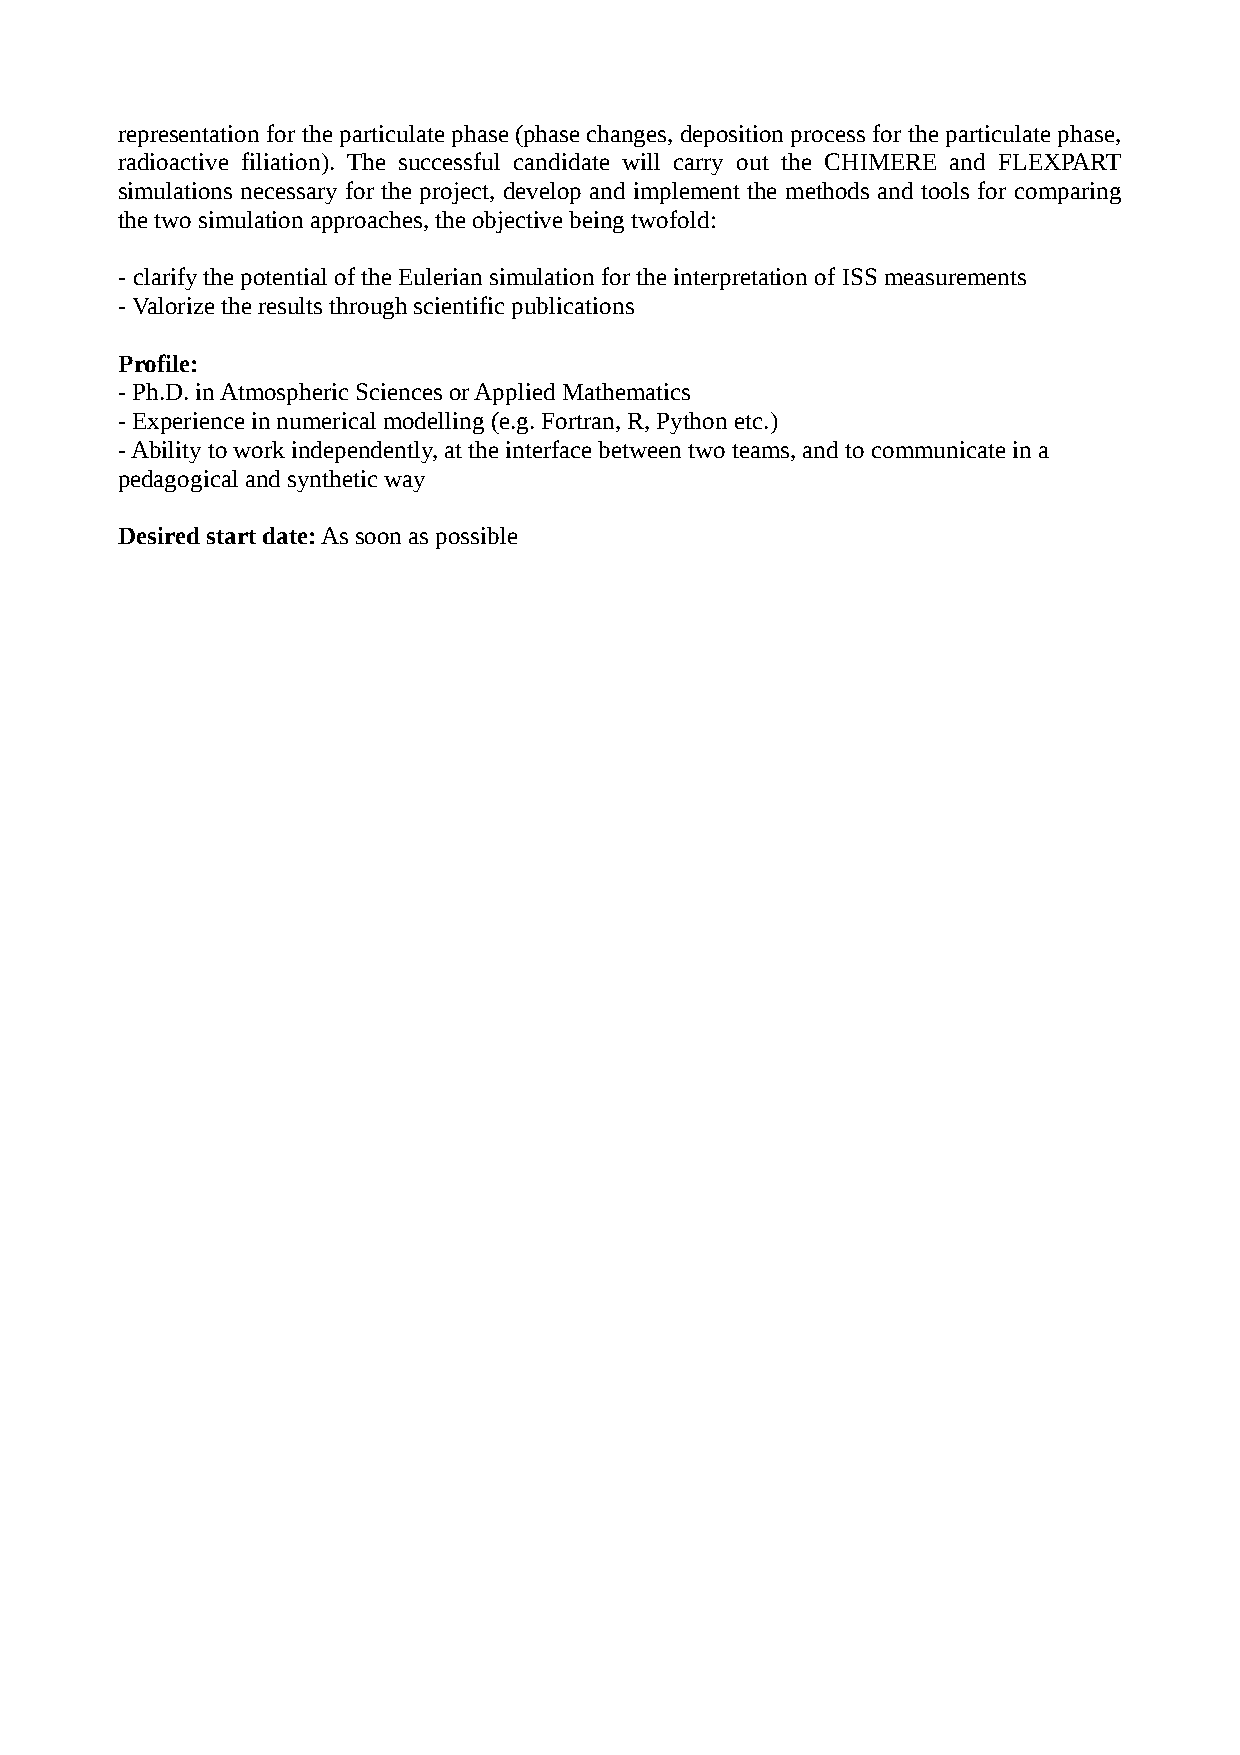
representation for the particulate phase (phase changes, deposition process for the particulate phase,
 radioactive filiation). The successful candidate will carry out the CHIMERE and FLEXPART
 simulations necessary for the project, develop and implement the methods and tools for comparing
 the two simulation approaches, the objective being twofold:
 - clarify the potential of the Eulerian simulation for the interpretation of ISS measurements
 - Valorize the results through scientific publications
 Profile:
 - Ph.D. in Atmospheric Sciences or Applied Mathematics
 - Experience in numerical modelling (e.g. Fortran, R, Python etc.)
 - Ability to work independently, at the interface between two teams, and to communicate in a
 pedagogical and synthetic way
 Desired start date: As soon as possible